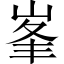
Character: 峯